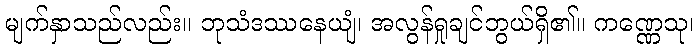
မျက်နှာသည်လည်း။ ဘုသံဒဿနေယျံ၊ အလွန်ရှုချင်ဘွယ်ရှိ၏။ ကဏ္ဏေသု၊